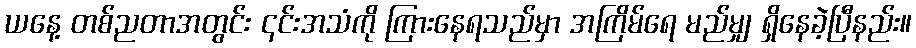
ယနေ့ တစ်ညတာအတွင်း ၎င်းအသံကို ကြားနေရသည်မှာ အကြိမ်ရေ မည်မျှ ရှိနေခဲ့ပြီနည်း။